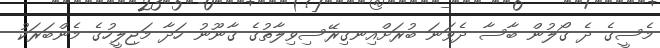
މެސީގެ ދެ ގޯލުން ބާސާ ދެވަނަ ބުރަށްއިނގިރޭސިވިލާތުގެ ޤާނޫނު ހަދާ މަޖިލީހުގެ މެންބަރަކު